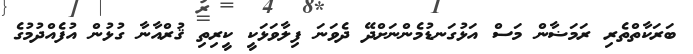
ބަރަކާތްތެރި ރަމަޟާން މަސް އަޅުގަނޑުމެންނަށްދޭ ދެވަނަ ފިލާވަޅަކީ ކީރިތި ޤުރްއާނާ ގުޅުން އުފެއްދުމުގެ